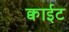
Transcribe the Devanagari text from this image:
क्वाईट